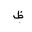
Letter: _za